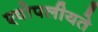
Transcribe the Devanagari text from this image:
एवोपलीयते